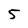
Character: 5